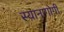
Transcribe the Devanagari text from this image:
स्यानागोगी